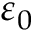
\varepsilon _ { 0 }